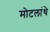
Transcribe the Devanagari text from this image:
मोटलांथे